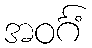
အဝင်္ဂံ